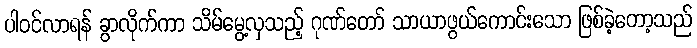
ပါဝင်လာရန် ခွာလိုက်ကာ သိမ်မွေ့လှသည့် ဂုဏ်တော် သာယာဖွယ်ကောင်းသော ဖြစ်ခဲ့တော့သည်